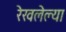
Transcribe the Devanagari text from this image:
रेखलेल्या